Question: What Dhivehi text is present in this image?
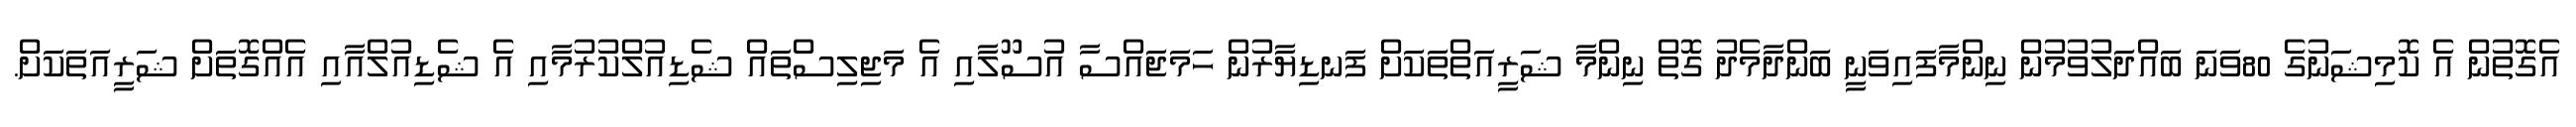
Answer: އެގޮތުން އެ ކޮމިޝަނުގެ 80ވަނަ ބައްދަލުވުމުން ނިންމާފައިވަނީ ބަންދާމެދު ގޮތް ނިންމާ ޝަރީއަތްތަކަށް ފަނޑިޔާރުން ހަމަޖައްސާ އުސޫލާއި އެ މަޖިލިސްތައް ޝެޑިއުލްކުރުމާއި އެ ޝެޑިއުލްއާއި އެއްގޮތަށް ޝަރީއަތަކަށް.